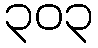
၃၀၃